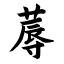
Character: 蓐